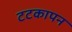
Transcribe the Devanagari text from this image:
टटकापन